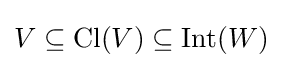
V\subseteq \operatorname {Cl} (V)\subseteq \operatorname {Int} (W)